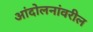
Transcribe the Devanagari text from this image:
आंदोलनांवरील